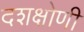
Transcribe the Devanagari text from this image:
दशक्षोणी